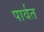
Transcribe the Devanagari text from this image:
पार्वत